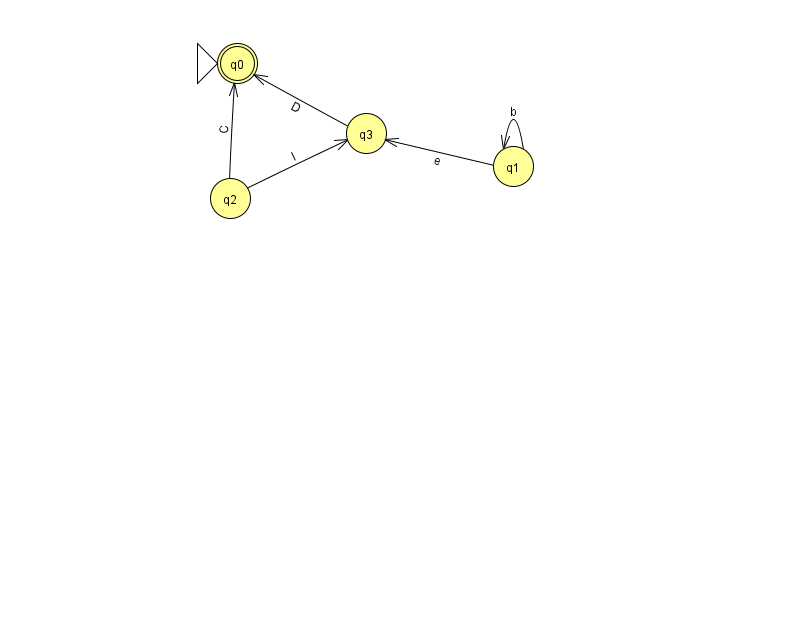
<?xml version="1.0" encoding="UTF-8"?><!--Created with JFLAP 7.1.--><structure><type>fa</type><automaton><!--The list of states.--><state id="0" name="q0"><x>237.0</x><y>50.0</y><initial/><final/></state><state id="1" name="q1"><x>513.0</x><y>153.0</y></state><state id="2" name="q2"><x>230.0</x><y>185.0</y></state><state id="3" name="q3"><x>366.0</x><y>120.0</y></state><!--The list of transitions.--><transition><from>1</from><to>1</to><read>b</read></transition><transition><from>1</from><to>3</to><read>e</read></transition><transition><from>3</from><to>0</to><read>D</read></transition><transition><from>2</from><to>0</to><read>C</read></transition><transition><from>2</from><to>3</to><read>l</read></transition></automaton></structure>